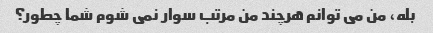
بله، من می توانم هرچند من مرتب سوار نمی شوم شما چطور؟